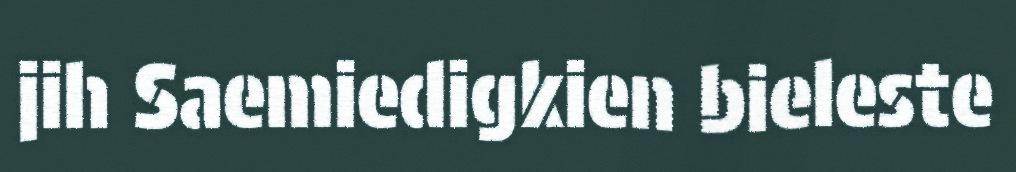
jih Saemiedigkien bieleste